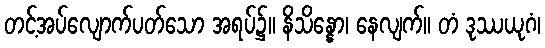
တင့်အပ်လျောက်ပတ်သော အရပ်၌။ နိသိန္နော၊ နေလျက်။ တံ ဒုဿယုဂံ၊